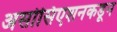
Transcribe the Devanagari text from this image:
असोसिएशनकडून